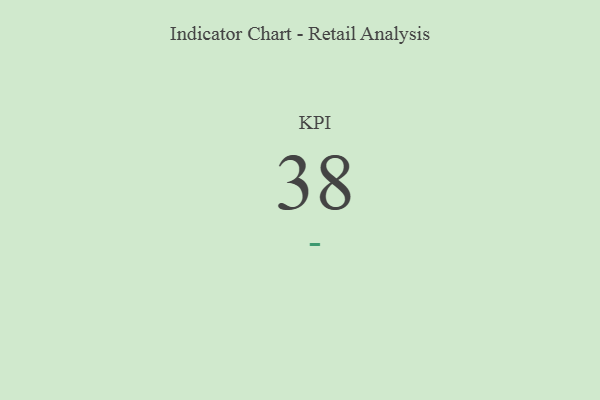
{"axis": {"x": "KPI", "y": "Value"}, "legend": [""], "data": [{"x": "KPI", "y": 38, "type": ""}]}